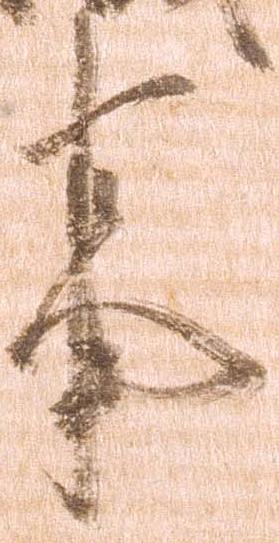
事